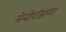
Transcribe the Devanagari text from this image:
मेनोपॉझच्या